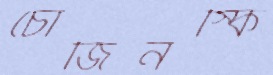
চোজিনস্কি